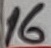
Text: 16